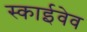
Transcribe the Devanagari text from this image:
स्काईवेव